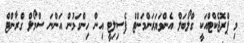
މި ޕްރޮޖެކްޓްއަކީ ގްލޯބަލް އެންވަޔަރަންމަންޓް ފެސިލިޓީ އިން ހިންގަމުން އަންނަ ސްމޯލް ގްރާންޓް